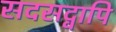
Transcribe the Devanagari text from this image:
सदसद्वापि